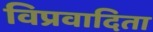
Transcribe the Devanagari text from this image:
विप्रवादिता